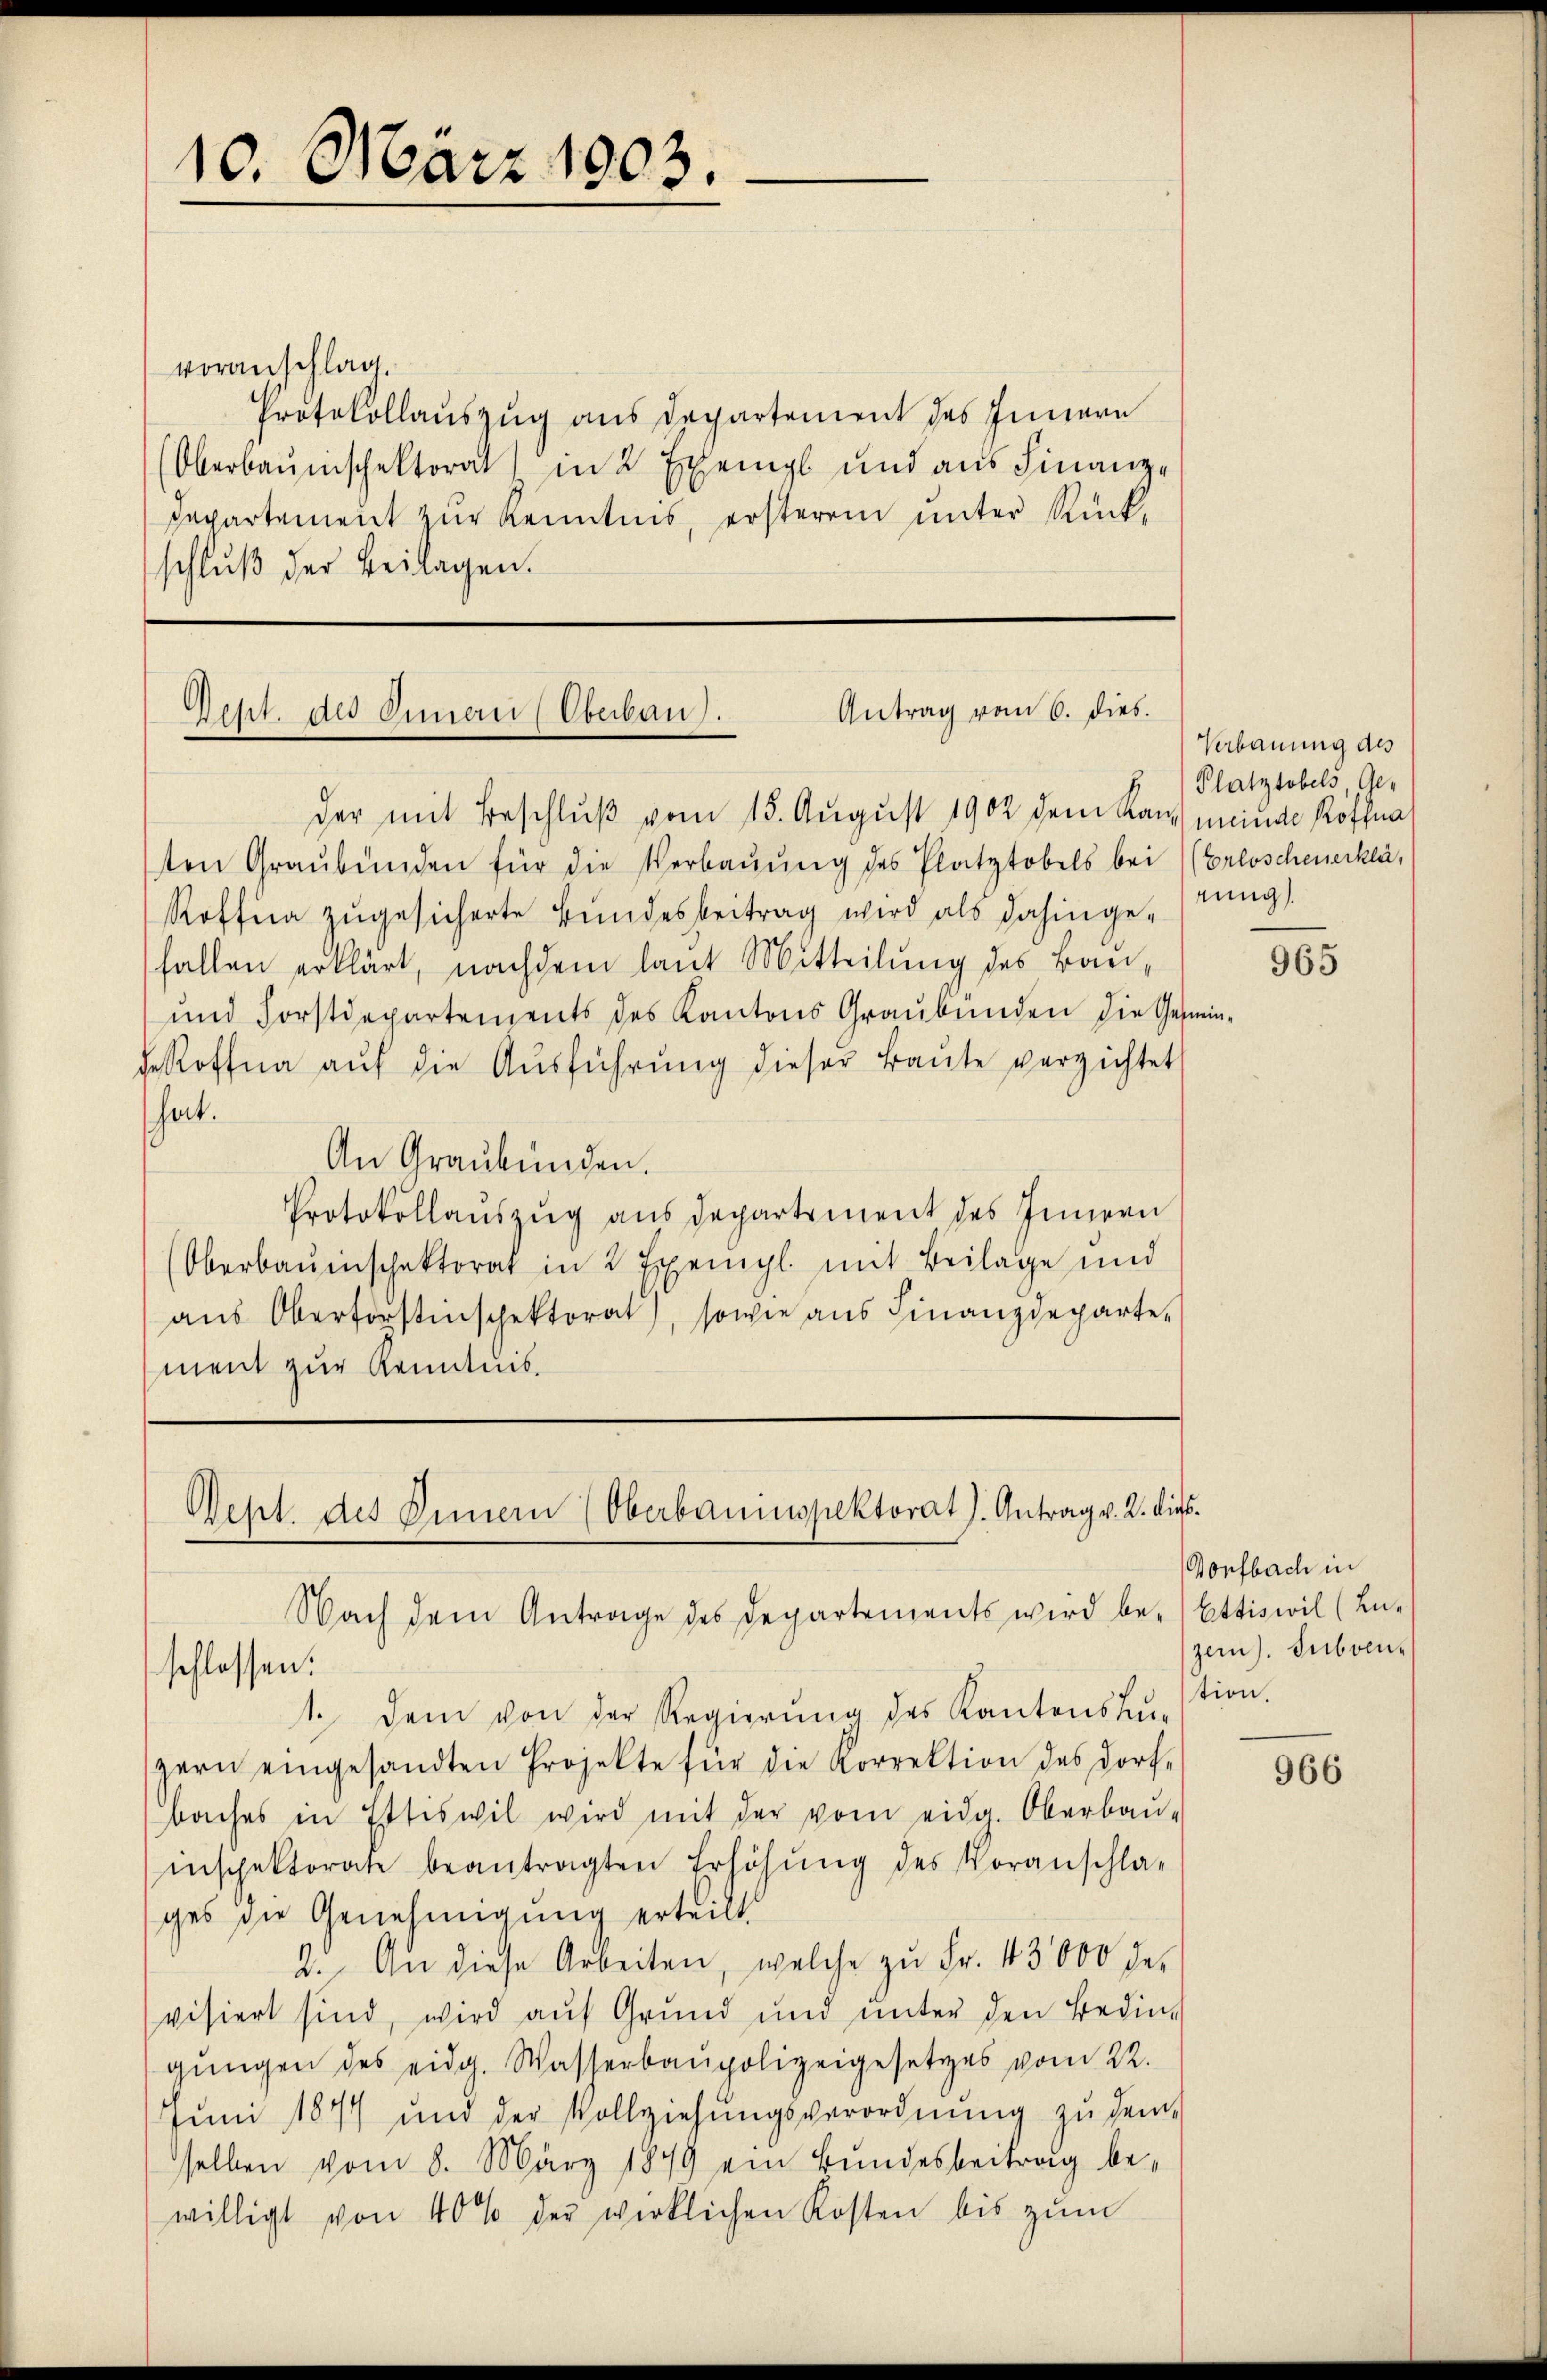
10. März 1903.

voranschlag.
Protokollauszug aus Departement des Innern
Oberbauinschektorat in 2 Exempl und aus Finanz-
Departement zur Kenntnis, ersterem unter Rückschluß der Beilagen.

Antrag vom 6. dies.
Acht des Innern (Oberbau

der mit Beschlŭβ vom 15. August 1902 dem Kan meinde Röffna
ten Graubünden für die Verbaŭŭng des Platztobels bei ((Erloschenerklä¬
Roffa zŭgesicherte Bŭndesbeitrag wird als dahingerung
fallen erklärt, nachdem laut Mitteilung des Bau¬
und Forstdepartements des Kantons Graubünden die Gemei
deRoffna aŭf die Aŭsführŭng dieser Baŭte verzichtet
hat.
An Graubünden.
Protokollaŭszŭg aŭs departement des Innern
(Oberbaŭenschaktorat in 2 Exempl. mit Beilage und
aŭs Oberforstinschektorat, sowie aŭs Finanzdeparte
ment zur Kenntnis.

Geht des Innern (Oberbauinspektorat J. Antrag v. 2. dies¬
Nach dem Antrage des Departements wird be- Ettiswil (An-
schlossen:

1. Dem von der Regierŭng des Kantonsbe-
zern eingesandten Projekte für die Korrektion des Dorf-
baches in Ettiswil wird mit der vom eidg. Oberbau-
inspektorate beantragten Erhöhŭng des Voranschla-
ges die Genehmigung erteilt.
2. An diese Arbeiten, welche zŭ Fr. 43000 des
visiert sind, wird auf Grund und unter den Bedin-
gŭngen des eidg. Wasserbaupolizeigesetzes vom 22.
Juni 1874 und der Vollziehŭngsverordnŭng zu dem
selben vom 8. März 1849 ein Bundesbeitrag bewilligt von 40% der wirklichen Kosten bis zŭm

Verbauung des
Platztobels Ge-

965

Dorfbach in
zern. Subvention.

966